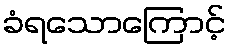
ခံရသောကြောင့်